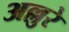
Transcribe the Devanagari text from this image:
अल्लुरे